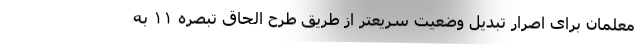
معلمان برای اصرار تبدیل وضعیت سریعتر از طریق طرحِ الحاق تبصره ۱۱ به